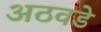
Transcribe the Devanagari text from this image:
अठवडे